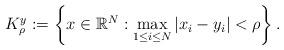
LaTeX: \begin{align*} K_{\rho}^{y} := \left\{ x\in \mathbb{R}^{N} : \max_{1 \leq i \leq N} |x_{i} - y_{i}| < \rho \right\}. \end{align*}